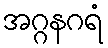
အဂ္ဂနဂရံ